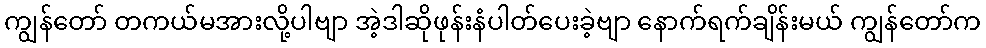
ကျွန်တော် တကယ်မအားလို့ပါဗျာ အဲ့ဒါဆိုဖုန်းနံပါတ်ပေးခဲ့ဗျာ နောက်ရက်ချိန်းမယ် ကျွန်တော်က